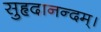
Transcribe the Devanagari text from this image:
सुहृदानन्दम्‌।